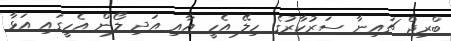
ބްރިޖް ޗައިނާ ސަރުކާރުގެ ހިލޭ އެހީ އާއި އަދި ލޯން އެހީގައި އަޅާ